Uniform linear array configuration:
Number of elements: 4
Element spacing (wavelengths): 0.5
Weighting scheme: exponential
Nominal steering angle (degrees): -15
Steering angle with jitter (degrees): -15.644
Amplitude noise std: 0.05
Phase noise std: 0.05

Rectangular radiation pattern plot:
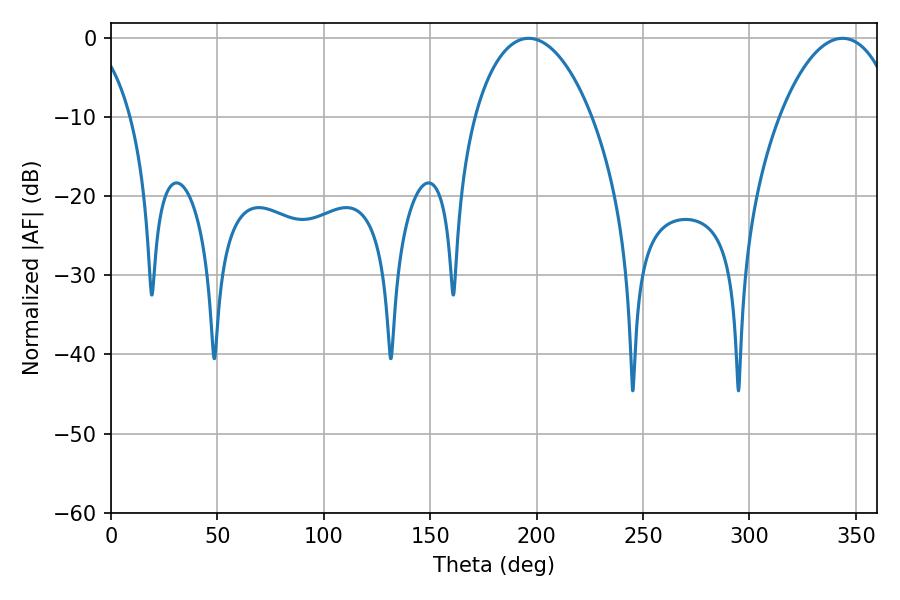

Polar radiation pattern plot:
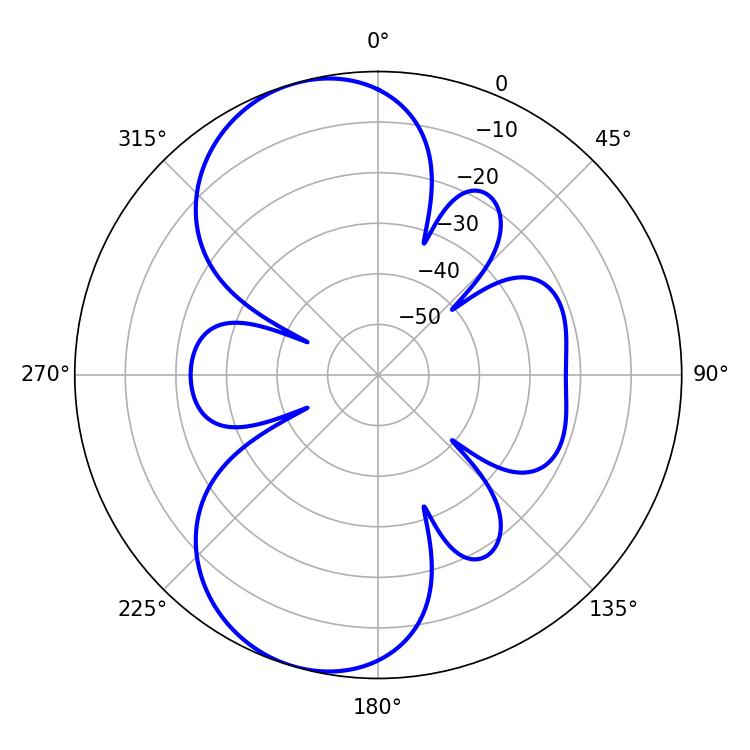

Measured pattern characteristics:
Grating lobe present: FALSE
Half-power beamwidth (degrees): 31.32
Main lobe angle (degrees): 196.2